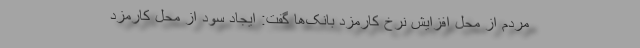
مردم از محل افزایش نرخ کارمزد بانک‌ها گفت: ایجاد سود از محل کارمزد